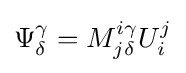
\Psi _{\delta }^{\gamma }=M_{j\delta }^{i\gamma }U_{i}^{j}